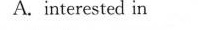
A. interested in